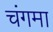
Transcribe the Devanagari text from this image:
चंगमा